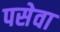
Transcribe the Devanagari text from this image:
पसेवा